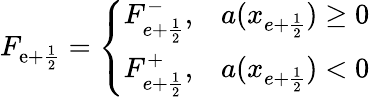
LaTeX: F_{\mathrm{e}+\frac{{1}}{{2}}}=\left\{ \begin{array}{ll}{F_{e+\frac{1}{2}}^{-},}&{a(x_{e+\frac{1}{2}})\ge 0}\\ {F_{e+\frac{1}{2}}^{+},}&{a(x_{e+\frac{1}{2}})<0}\end{array}\right.